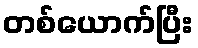
တစ်ယောက်ပြီး